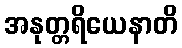
အနုတ္တရိယေနာတိ